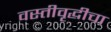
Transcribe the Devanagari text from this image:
वस्तीवृद्धीचा